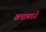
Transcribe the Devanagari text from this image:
कपामध्ये